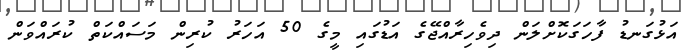
އަޅުގަނޑު ފާހަގަކޮށްލަން ދިވެހިރާއްޖޭގެ އަޑުގައި މީގެ 50 އަހަރު ކުރިން މަސައްކަތް ކުރައްވަން